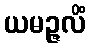
ယမဉ္ဇလိံ